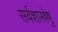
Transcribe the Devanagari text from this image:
सर्वशास्त्रेषु